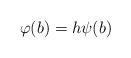
LaTeX: \begin{align*}\varphi (b) = h\psi (b) \end{align*}